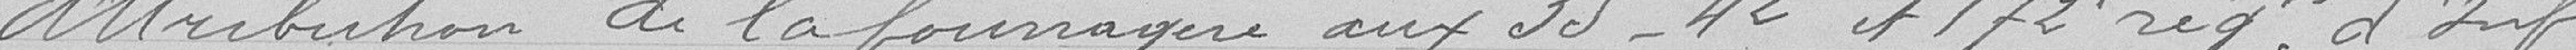
Attribution de la fourragère aux 35è, 42è et 172è régiment d'infanterie